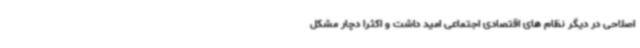
اصلاحی در دیگر نظام های اقتصادی اجتماعی امید داشت و اکثرا دچار مشکل